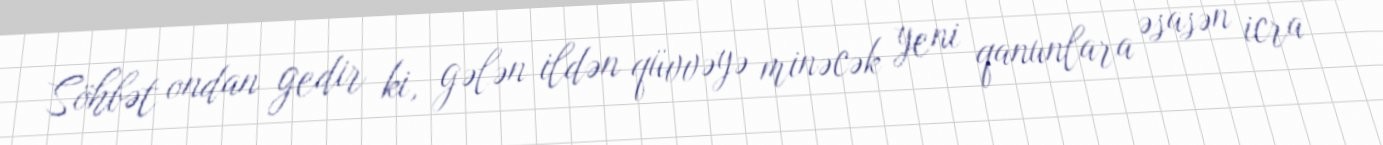
Söhbət ondan gedir ki, gələn ildən qüvvəyə minəcək yeni qanunlara əsasən icra